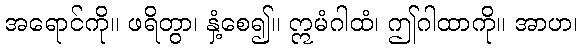
အရောင်ကို။ ဖရိတွာ၊ နှံ့စေ၍။ ဣမံဂါထံ၊ ဤဂါထာကို။ အာဟ၊